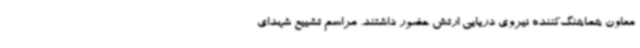
معاون هماهنگ‌کننده نیروی دریایی ارتش حضور داشتند. مراسم تشییع شهدای